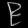
Digit: ၉